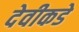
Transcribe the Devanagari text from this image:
देवीकडे